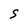
Character: S